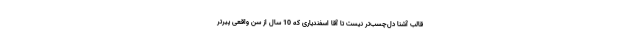
قالب آشنا دل‌چسب‌تر نیست تا آقا اسفندیاری که 10 سال از سن واقعی پیرتر